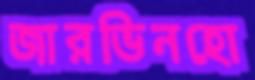
জারভিনহো